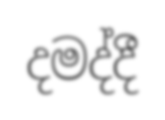
දමද්දී